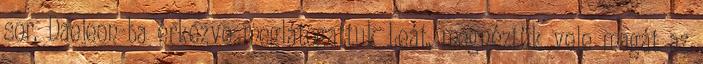
sor. Daejeon-ba érkezve meglátogattuk Leát, megnéztük vele magát az